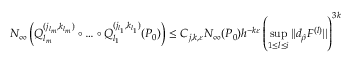
N _ { \infty } \left( Q _ { l _ { m } } ^ { ( j _ { l _ { m } } , k _ { l _ { m } } ) } \circ \dots \circ Q _ { l _ { 1 } } ^ { ( j _ { l _ { 1 } } , k _ { l _ { 1 } } ) } ( P _ { 0 } ) \right) \leq C _ { j , k , \varepsilon } N _ { \infty } ( P _ { 0 } ) h ^ { - k \varepsilon } \left( \operatorname* { s u p } _ { 1 \leq l \leq i } | | d _ { \hat { \rho } } F ^ { ( l ) } | | \right) ^ { 3 k }